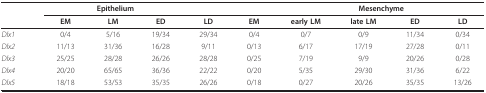
| <COLSPAN=5> Epithelium |  | <COLSPAN=4> Mesenchyme |
 |  | EM | LM | ED | LD | EM | early LM | late LM | ED | LD |
 | --- | --- | --- | --- | --- | --- | --- | --- | --- | --- |
 | Dlx1 | 0/4 | 5/16 | 19/34 | 29/34 | 0/4 | 0/7 | 0/9 | 11/34 | 0/34 |
 | Dlx2 | 11/13 | 31/36 | 16/28 | 9/11 | 0/13 | 6/17 | 17/19 | 27/28 | 0/11 |
 | Dlx3 | 25/25 | 28/28 | 26/26 | 28/28 | 0/25 | 7/19 | 9/9 | 20/26 | 0/28 |
 | Dlx4 | 20/20 | 65/65 | 36/36 | 22/22 | 0/20 | 5/35 | 29/30 | 31/36 | 6/22 |
 | Dlx5 | 18/18 | 53/53 | 35/35 | 26/26 | 0/18 | 0/27 | 20/26 | 35/35 | 13/26 |